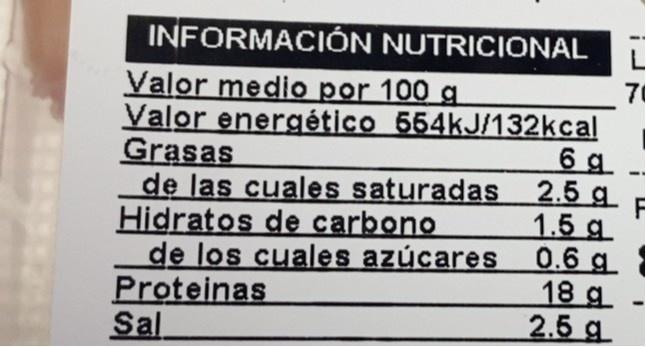
INFORMACIÓN NUTRICIONAL
71
Valor medio por 100 g Valor energético 554kJ/132kcal Grasas de las cuales saturadas Hidratos de carbono de los cuales azúcares Proteinas Sal
6 g 2.5 g
F 1.5 g 0.6 g 1 18 g 2.5 g